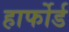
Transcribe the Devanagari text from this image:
हार्फोर्ड